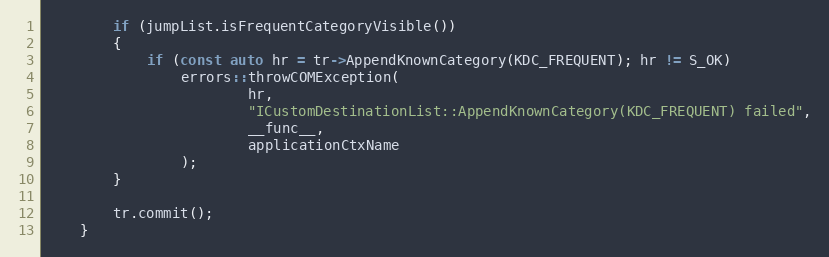
Language: C++
        if (jumpList.isFrequentCategoryVisible())
        {
            if (const auto hr = tr->AppendKnownCategory(KDC_FREQUENT); hr != S_OK)
                errors::throwCOMException(
                        hr,
                        "ICustomDestinationList::AppendKnownCategory(KDC_FREQUENT) failed",
                        __func__,
                        applicationCtxName
                );
        }

        tr.commit();
    }